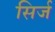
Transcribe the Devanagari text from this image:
सिर्ज